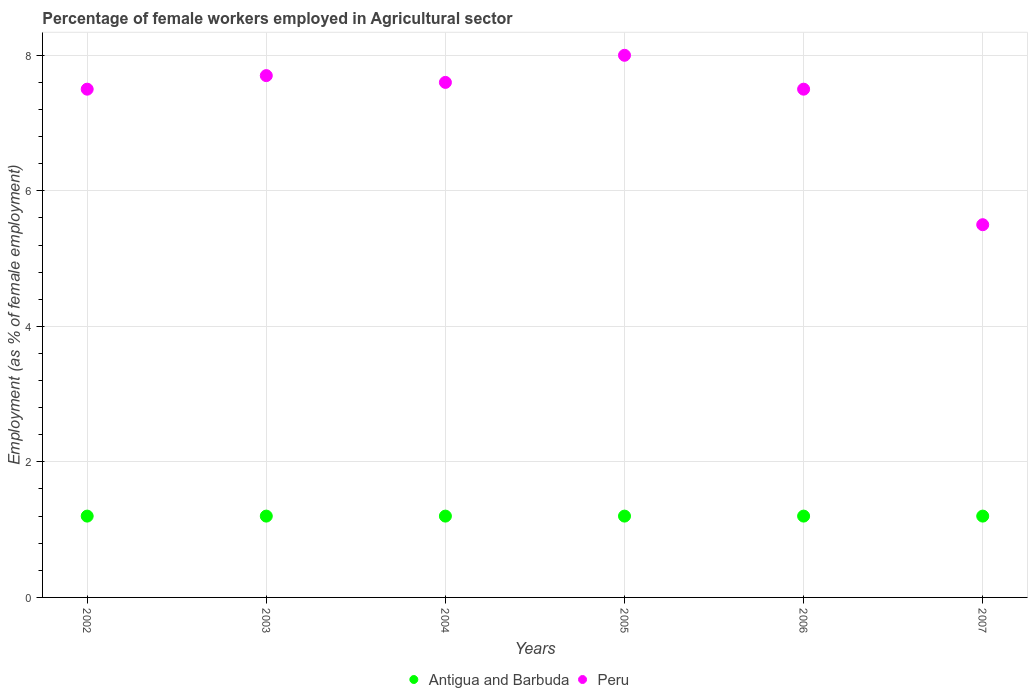
| Years | Antigua and Barbuda | Peru |
 | --- | --- | --- |
 | 2002 | 1.2 | 7.5 |
 | 2003 | 1.2 | 7.7 |
 | 2004 | 1.2 | 7.6 |
 | 2005 | 1.2 | 8 |
 | 2006 | 1.2 | 7.5 |
 | 2007 | 1.2 | 5.5 |